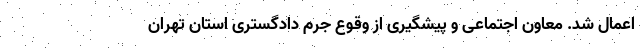
اعمال شد. معاون اجتماعی و پیشگیری از وقوع جرم دادگستری استان تهران